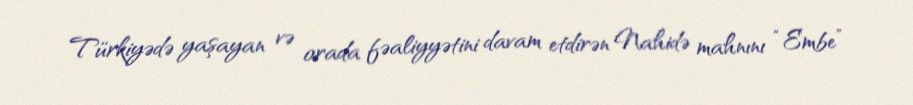
Türkiyədə yaşayan və orada fəaliyyətini davam etdirən Nahidə mahnını “Embe”